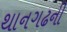
થાનગઢની